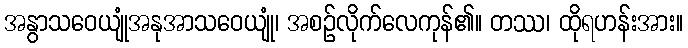
အနွာသဝေယျုံအနုအာသဝေယျုံ၊ အစဉ်လိုက်လေကုန်၏။ တဿ၊ ထိုရဟန်းအား။